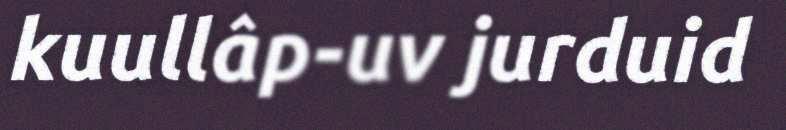
kuullâp-uv jurduid